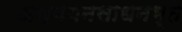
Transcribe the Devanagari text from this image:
अध्ययनसाधनभूत